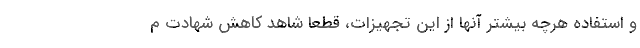
و استفاده هرچه بیشتر آنها از این تجهیزات، قطعاً شاهد کاهش شهادت م